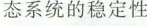
态系统的稳定性